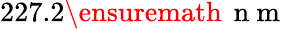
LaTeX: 227.2\ensuremath{\, \mathrm{~n~m~}}